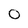
Character: 0